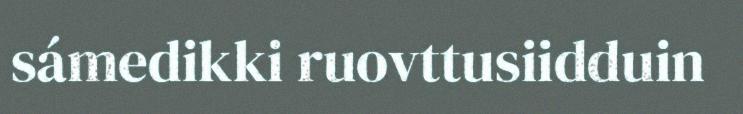
sámedikki ruovttusiidduin